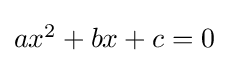
\textstyle ax^{2}+bx+c=0